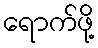
ရောက်ဖို့